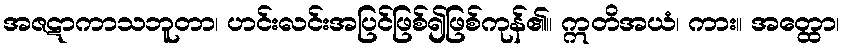
အဇဋာကာသဘူတာ၊ ဟင်းလင်းအပြင်ဖြစ်၍ဖြစ်ကုန်၏။ ဣတိအယံ၊ ကား။ အတ္ထော၊